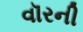
વૉરની